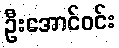
ဦးအောင်ဝင်း